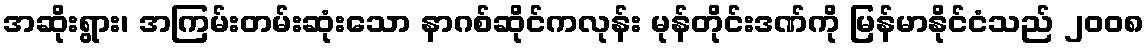
အဆိုးရွား၊ အကြမ်းတမ်းဆုံးသော နာဂစ်ဆိုင်ကလုန်း မုန်တိုင်းဒဏ်ကို မြန်မာနိုင်ငံသည် ၂၀၀၈